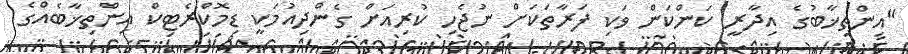
"އިންތިޚާބުގެ އިދާރީ ކަންކަން ވަކި ފަރާތަކަށް ނުޖެހި ކުރިއަށް ގެންދިއުމަކީ ޑިމޮކްރެޓިކް އިންތިޚާބެއްގެ